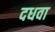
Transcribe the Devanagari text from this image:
दधवा